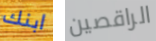
ابنك الراقصين